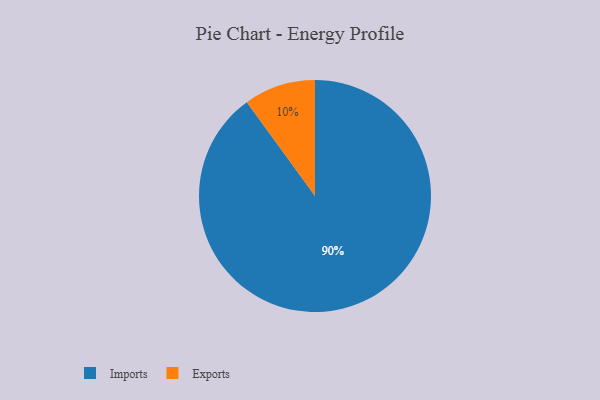
{"axis": {"x": "Category", "y": "Percentage"}, "legend": ["Exports", "Imports"], "data": [{"x": "Imports", "y": 90, "type": "Imports"}, {"x": "Exports", "y": 10, "type": "Exports"}]}